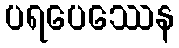
ပရပေဿေန